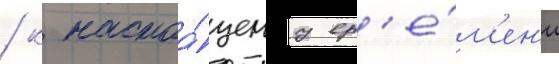
/ к настоа́щему вр'е́м'ен'и